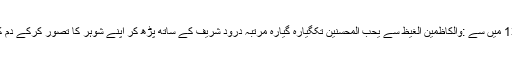
رات سونے سے پہلے 101 مرتبہ سورہ آلِ عمران کی آیت 134 میں سے :والكاظمين الغيظ سے يحب المحسنين تکگیارہ گیارہ مرتبہ درود شریف کے ساتھ پڑھ کر اپنے شوہر کا تصور کرکے دم کردیں اور دعا کریں کہ ان کے مزاج میں نرمی اور اعتدال آئے۔